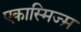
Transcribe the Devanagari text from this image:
एकास्मिज्म़